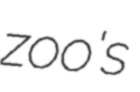
zoo's